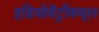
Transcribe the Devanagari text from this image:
इडियोवेंट्रीक्यूल